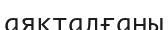
аяқталғаны